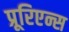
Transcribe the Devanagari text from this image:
प्रूरिएन्स